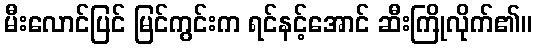
မီးလောင်ပြင် မြင်ကွင်းက ရင်နင့်အောင် ဆီးကြိုလိုက်၏။